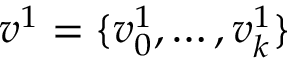
v ^ { 1 } = \{ v _ { 0 } ^ { 1 } , \ldots , v _ { k } ^ { 1 } \}